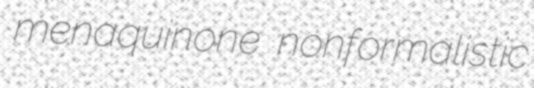
menaquinone nonformalistic